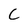
Character: C